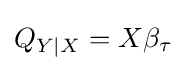
Q_{Y|X}=X\beta _{\tau }